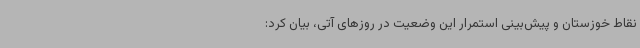
نقاط خوزستان و پیش‌بینی استمرار این وضعیت در روزهای آتی، بیان کرد: